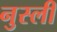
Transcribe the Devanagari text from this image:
नुस्ली